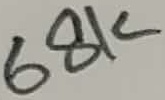
Text: 68K